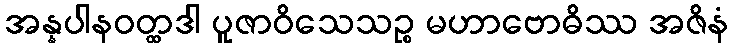
အန္နပါနဝတ္ထဒါ ပူဇာဝိသေသဉ္စ မဟာဗောဓိဿ အဇိနံ